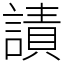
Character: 謮